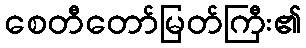
စေတီတော်မြတ်ကြီး၏